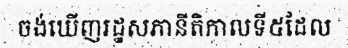
ចង់ឃើញរដ្ឋសភានីតិកាលទី៥ដែល